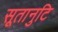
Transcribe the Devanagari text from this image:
सूतानुटि